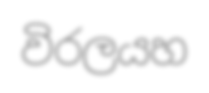
විරලයහ